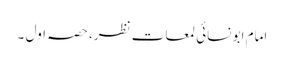
امام ابو نسائی لمعاتِ نظر، حصہ اول ۔